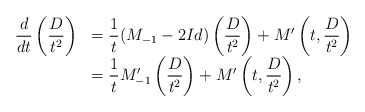
\begin{align*}\begin{array}{ll}\dfrac{d}{dt} \left( \dfrac{D}{t^2} \right)&=\dfrac{1}{t} (M_{-1} -2Id) \left( \dfrac{D}{t^2} \right) + M' \left( t, \dfrac{D}{t^2} \right) \\&=\dfrac{1}{t} M_{-1}' \left( \dfrac{D}{t^2} \right) + M' \left( t, \dfrac{D}{t^2} \right),\end{array}\end{align*}